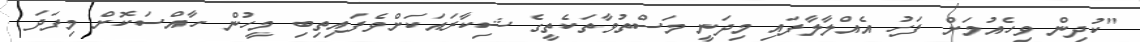
"ކުދިން ވިހެއުމަށް ފަހު އެއްލާލާފައި މިދަނީ މަސްތުވާތަކެތީގެ ޝިކާރައަކަށްވެފައިތިބި މީހުން ހާއްސަކޮށް މިފަދަ